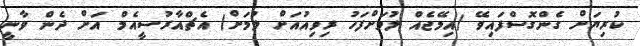
ކުރިޔަށް ގެންގޮސްފައިވޭ (އިމޭޖެއް ލުމަށްފަހު ރިވިއުއަށް ލުމަށް) އެޗްއާރުސީއެމް އަށް ދެން ވާނީ